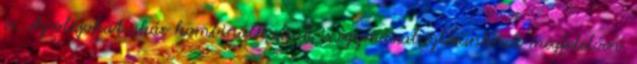
is. Az olajokat akár kombinálhatjuk is egymással ízlésünknek megfelelően.